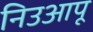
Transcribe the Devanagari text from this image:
निउआपू